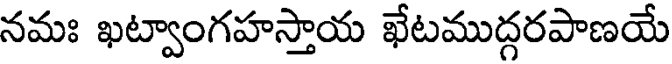
నమః ఖట్వాంగహస్తాయ ఖేటముద్గరపాణయే